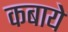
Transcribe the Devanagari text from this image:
कबाये